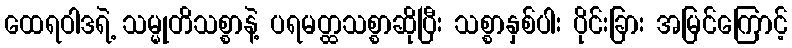
ထေရဝါဒရဲ့ သမ္မုတိသစ္စာနဲ့ ပရမတ္ထသစ္စာဆိုပြီး သစ္စာနှစ်ပါး ပိုင်းခြား အမြင်ကြောင့်